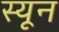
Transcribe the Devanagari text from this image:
स्यून